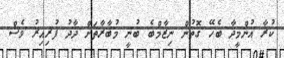
ކުރާ އުންމީދާ ބެހޭ ގޮތުން ނިޒާމްބެ ބުނީ މުބާރާތަށް ދާދު ފުރިއިރު ވެސް